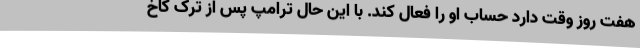
هفت روز وقت دارد حساب او را فعال کند. با این حال ترامپ پس از ترک کاخ